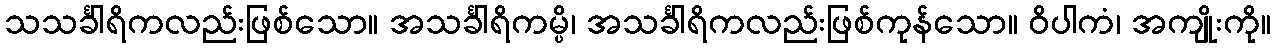
သသင်္ခါရိကလည်းဖြစ်သော။ အသင်္ခါရိကမ္ပိ၊ အသင်္ခါရိကလည်းဖြစ်ကုန်သော။ ဝိပါကံ၊ အကျိုးကို။